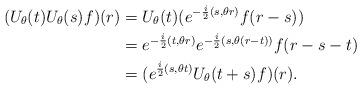
LaTeX: \begin{align*}(U_\theta(t)U_\theta(s)f)(r)&=U_\theta(t)(e^{-\frac i2(s,\theta r)}f(r-s))\\ & =e^{-\frac i2(t,\theta r)}e^{-\frac i2(s,\theta (r-t))}f(r-s-t)\\ &=(e^{\frac i2(s,\theta t)}U_\theta(t+s)f)(r).\end{align*}